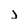
Character: J